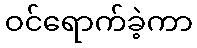
ဝင်ရောက်ခဲ့ကာ